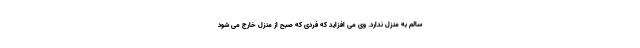
سالم به منزل ندارد. وی می افزاید که فردی که صبح از منزل خارج می شود